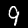
Label: 9